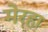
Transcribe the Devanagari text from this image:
मेरहा